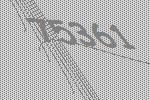
75361